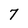
Character: 7